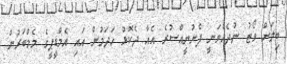
ބިލަށް ވޯޓު ނުދެއްވަނީ ފެށުނީއްސުރެ އެއާ ދެކޮޅު ހަދަމުން އައި އެމްޑީޕީގެ މެމްބަރުން